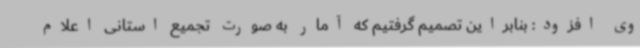
وی افزود: بنابراین تصمیم گرفتیم که آمار به صورت تجمیع استانی اعلام